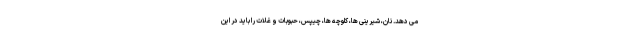
می دهد. نان، شیرینی ها، کلوچه ها، چیپس، حبوبات و غلات را باید در این